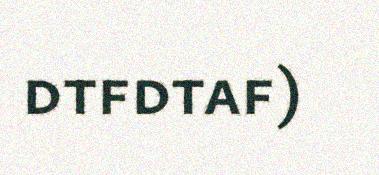
dtfdtaf)